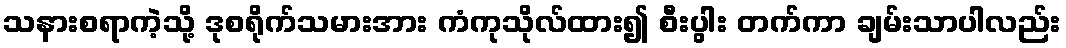
သနားစရာကဲ့သို့ ဒုစရိုက်သမားအား ကံကုသိုလ်ထား၍ စီးပွါး တက်ကာ ချမ်းသာပါလည်း